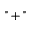
" + "